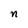
Character: n